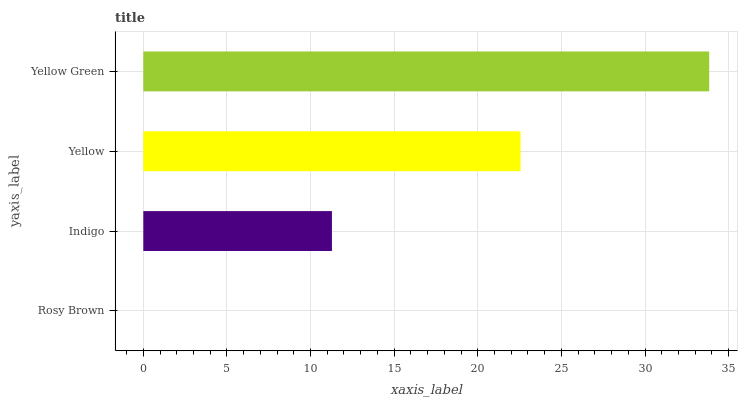
| yaxis_label | bars |
 | --- | --- |
 | Rosy Brown | 0 |
 | Indigo | 11.3 |
 | Yellow | 22.6 |
 | Yellow Green | 33.8 |